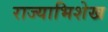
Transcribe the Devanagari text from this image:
राज्याभिशेख